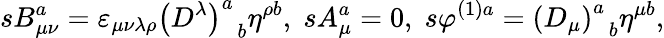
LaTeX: sB_{\mu\nu}^{a}=\varepsilon_{\mu\nu\lambda\rho}\left(D^{\lambda}\right)_{\; \; b}^{a}\eta^{\rho b},\; sA_{\mu}^{a}=0,\; s\varphi^{(1)a}=\left(D_{\mu}\right)_{\; \; b}^{a}\eta^{\mu b},